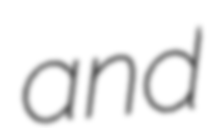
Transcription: and